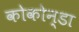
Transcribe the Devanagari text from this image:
कोकोन्डा